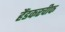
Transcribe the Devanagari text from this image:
हैंडकरचीफ